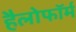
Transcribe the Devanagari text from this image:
हैलोफॉर्म